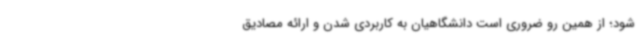
شود؛ از همین رو ضروری است دانشگاهیان به کاربردی شدن و ارائه مصادیق